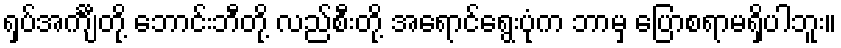
ရှပ်အင်္ကျီတို့ ဘောင်းဘီတို့ လည်စီးတို့ အရောင်ရွေးပုံက ဘာမှ ပြောစရာမရှိပါဘူး။